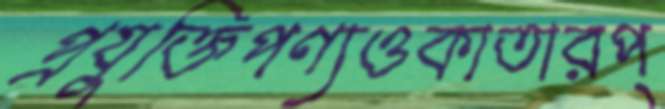
প্রযুক্তিপণ্যওকাতারপ্